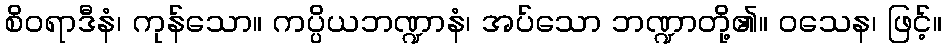
စိဝရာဒီနံ၊ ကုန်သော။ ကပ္ပိယဘဏ္ဍာနံ၊ အပ်သော ဘဏ္ဍာတို့၏။ ဝသေန၊ ဖြင့်။